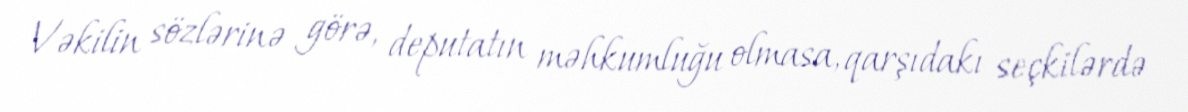
Vəkilin sözlərinə görə, deputatın məhkumluğu olmasa, qarşıdakı seçkilərdə